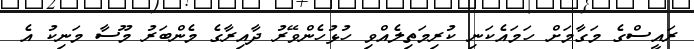
ރައީސްގެ މަގާމަށް ހަމައެކަނި ކުރިމަތިލެއްވި ހުޅުހެންވޭރު ދާއިރާގެ މެންބަރު މޫސާ މަނިކު އެ